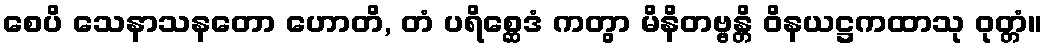
စေပိ သေနာသနတော ဟောတိ, တံ ပရိစ္ဆေဒံ ကတွာ မိနိတဗ္ဗန္တိ ဝိနယဋ္ဌကထာသု ဝုတ္တံ။